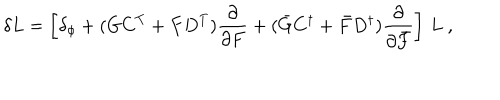
\delta L = \left[ \delta _ { \phi } + ( G C ^ { T } + F D ^ { T } ) \frac { \partial } { \partial F } + ( \bar { G } C ^ { \dagger } + \bar { F } D ^ { \dagger } ) \frac { \partial } { \partial \bar { F } } \right] \, L ~ ,